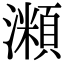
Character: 𤁾